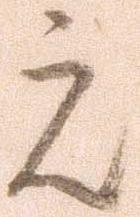
元